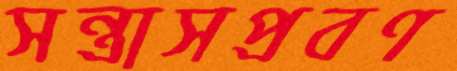
সন্ত্রাসপ্রবণ